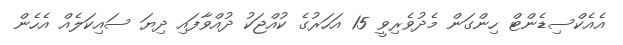
އެެއެކްސިޑެންޓް ހިންގަން މެދުވެރިވީ 15 އަހަރުގެ ކުއްޖަކު ދުއްވާފައި ދިޔަ ސައިކަލެއް އެހެން